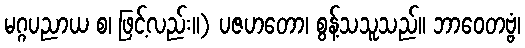
မဂ္ဂပညာယ စ၊ ဖြင့်လည်း။) ပဇဟတော၊ စွန့်သသူသည်။ ဘာဝေတဗ္ဗံ၊